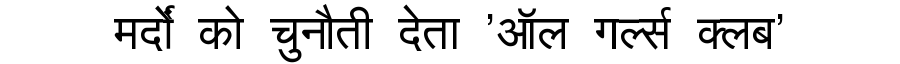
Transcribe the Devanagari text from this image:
मर्दों को चुनौती देता 'ऑल गर्ल्स क्लब'